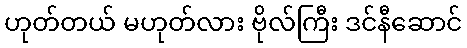
ဟုတ်တယ် မဟုတ်လား ဗိုလ်ကြီး ဒင်နီဆောင်